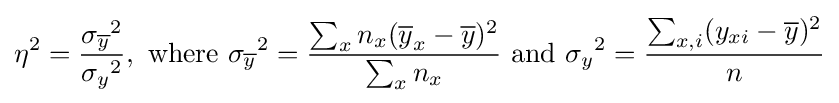
\eta ^{2}={\frac {{\sigma _{\overline {y}}}^{2}}{{\sigma _{y}}^{2}}},{\text{ where }}{\sigma _{\overline {y}}}^{2}={\frac {\sum _{x}n_{x}({\overline {y}}_{x}-{\overline {y}})^{2}}{\sum _{x}n_{x}}}{\text{ and }}{\sigma _{y}}^{2}={\frac {\sum _{x,i}(y_{xi}-{\overline {y}})^{2}}{n}}